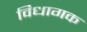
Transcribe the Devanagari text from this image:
विधागक